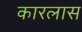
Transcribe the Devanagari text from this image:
कारलास